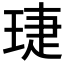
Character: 𬍫